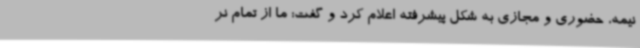
نیمه، حضوری و مجازی به شکل پیشرفته اعلام کرد و گفت: ما از تمام نر